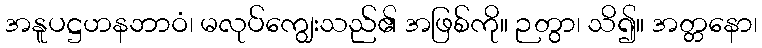
အနူပဋ္ဌဟနဘာဝံ၊ မလုပ်ကျွေးသည်၏ အဖြစ်ကို။ ဉတွာ၊ သိ၍။ အတ္တနော၊